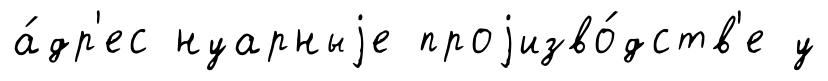
а́др'ес нуарныjе проjизво́дств'е у